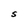
Character: S